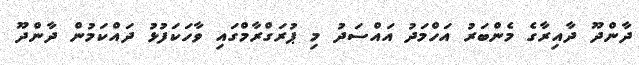
ދާންދޫ ދާއިރާގެ މެންބަރު އަހްމަދު އައްސަދު މި ޕުރަގްރާމްގައި ވާހަކަފުޅު ދައްކަމުން ދާންދޫ